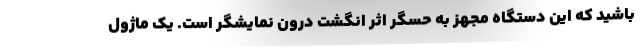
باشید که این دستگاه مجهز به حسگر اثر انگشت درون نمایشگر است. یک ماژول